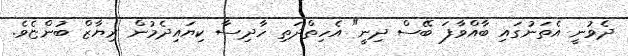
ދެވުނީ އެތަނުގައި ބާއްވާފަ ބޭސް ދިނީ" އެހިތްދަތި ހާދިސާ ކިޔައިދެމުން ރިޔާޒް ބުންޏެވެ.